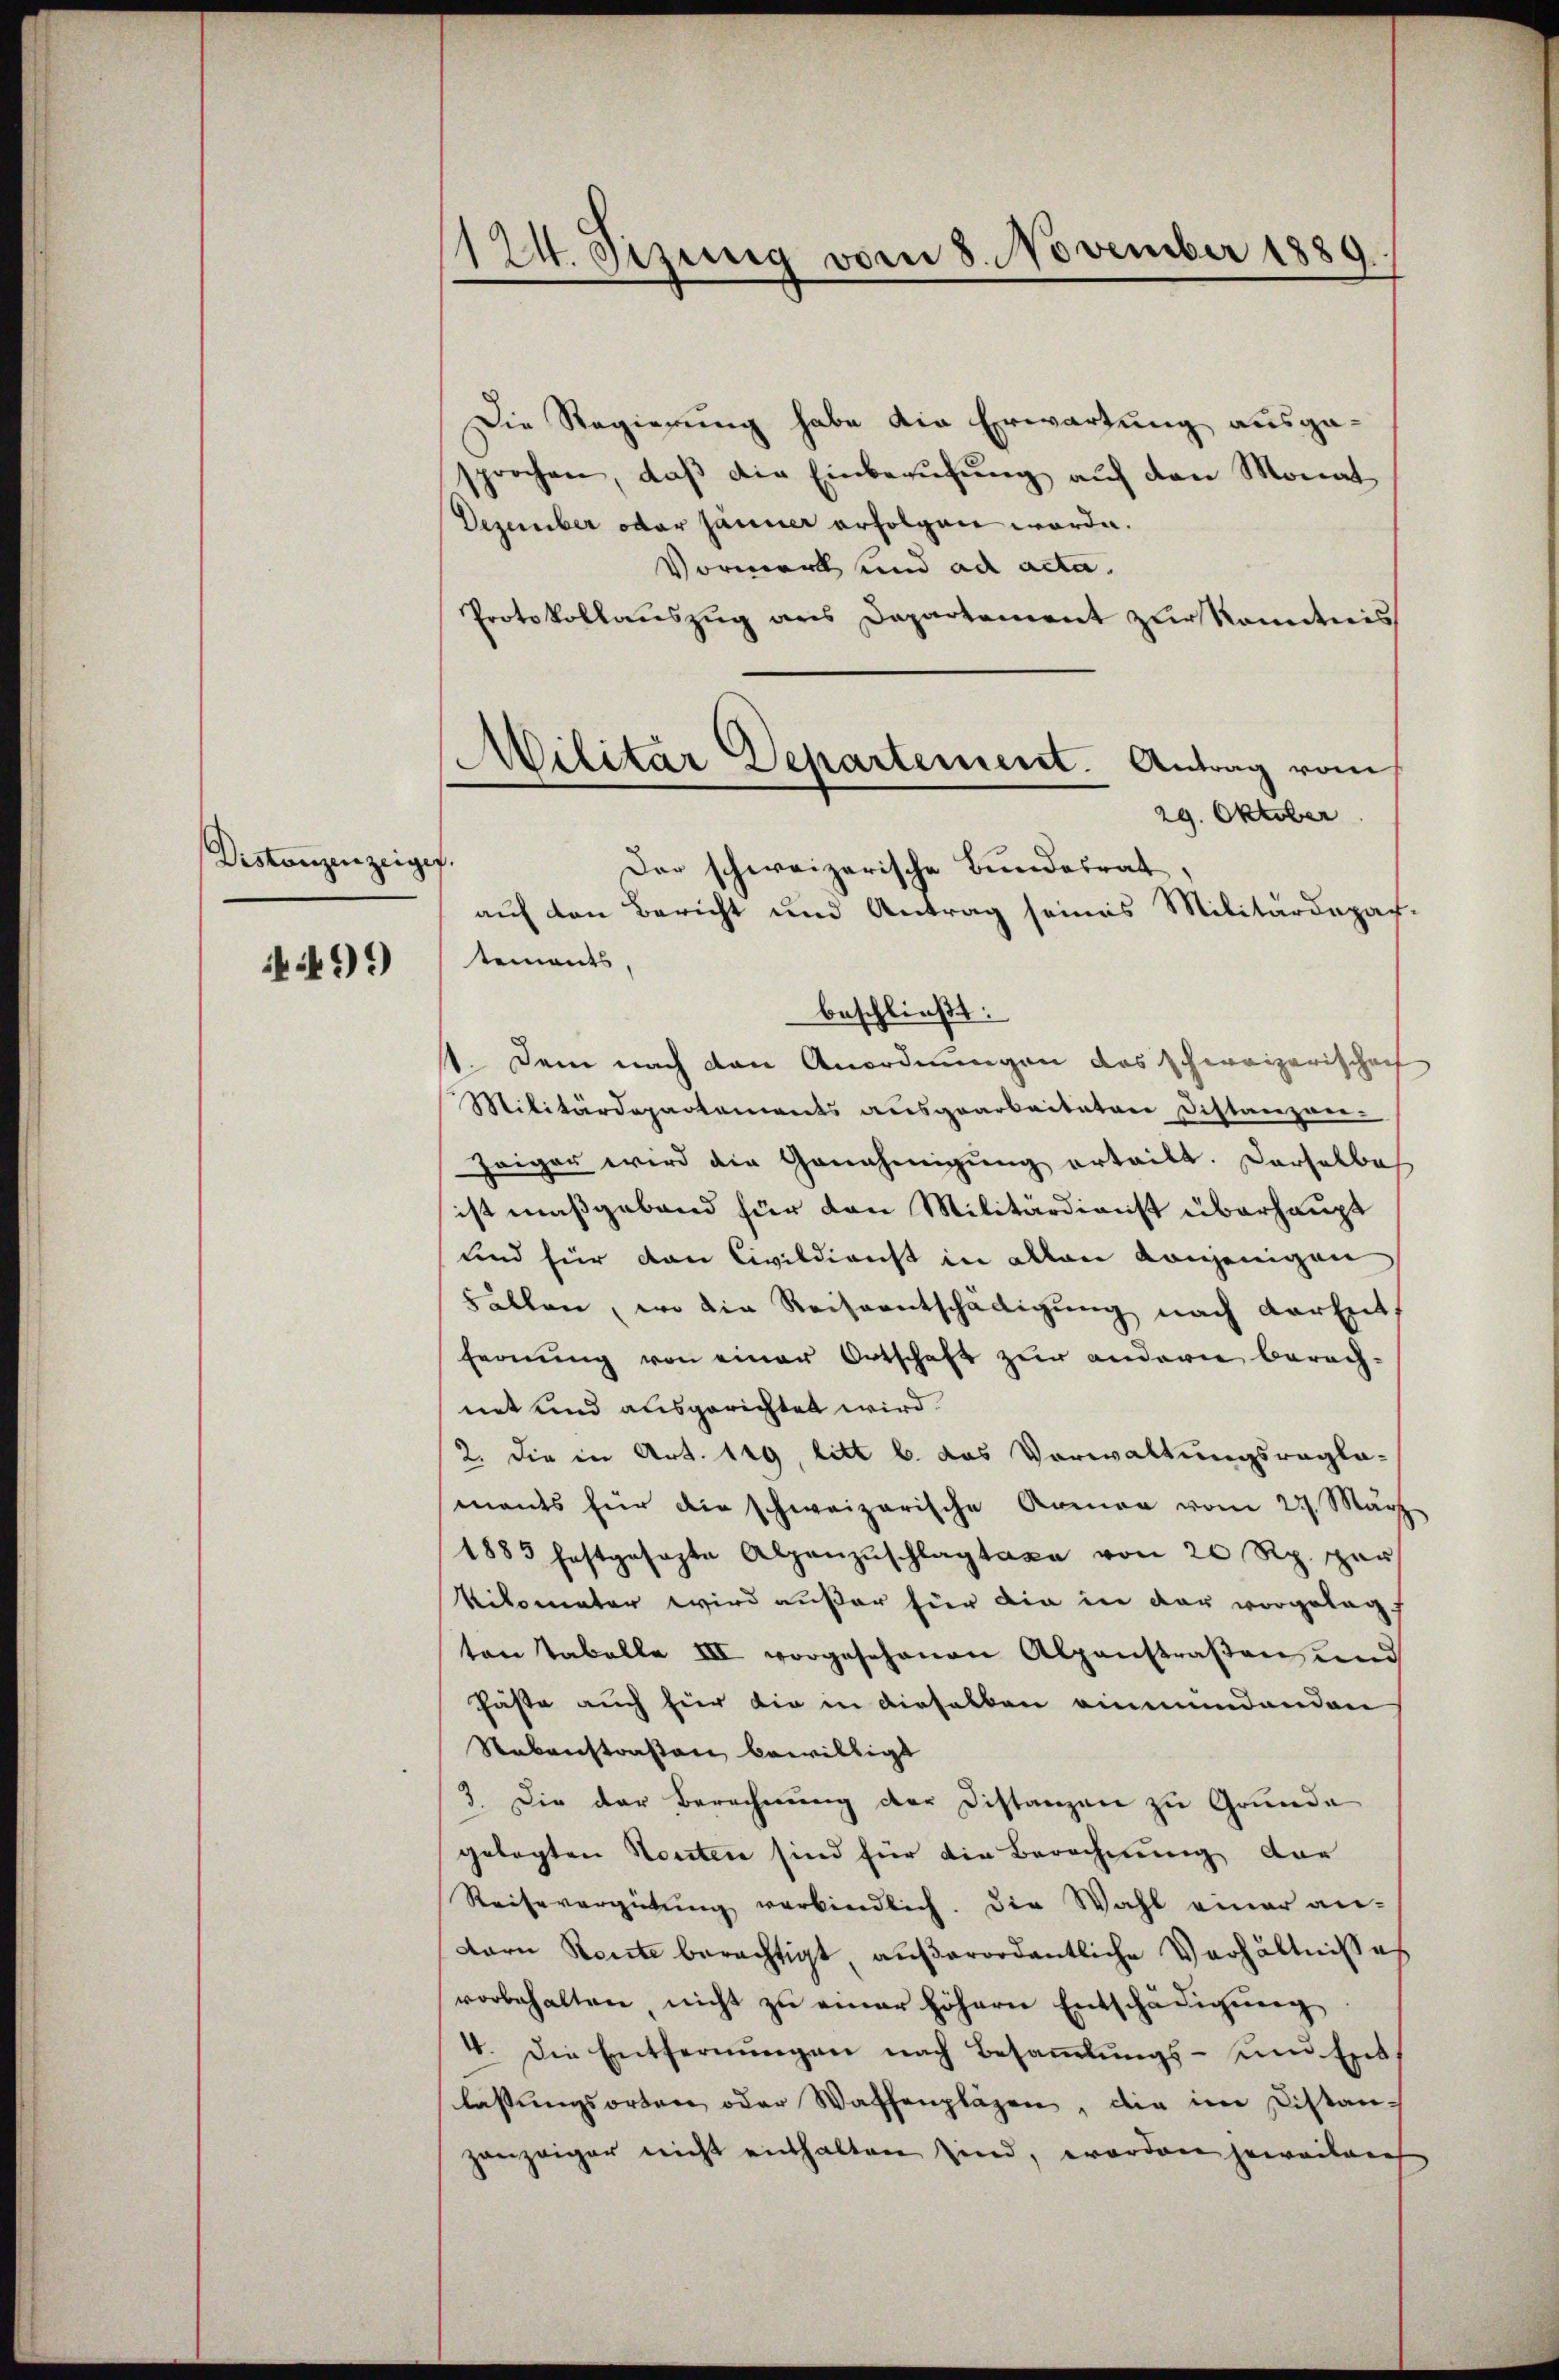
Distanzenzeiger.

499)

124. Sizung vom 8. November 1880
|

Militar Departement. Antrag vom
e

Die Regierung habe die Erwartung ausgasprochen, daβ die Einberŭfŭng aŭf den Monat
Dezember oder Jänner erfolgen worden.
Vormerk und ad acta.
Protokollauszug aus Departement zur Kenntnis
29. Oktober
Der schweizerische Bundesrat
auf den Bericht und Antrag seines Militärdepar-
tements.
beschließt:
1. Dem nach den Anordnungen das schweizerischen
Militärdepartements aŭsgearbeiteten Distanzver-
Zeiger wird die Genehmigŭng erteilt. Derselbe
ist maßgebend für den Militärdienst überhaupt
und für den Civildienst in allen Konjenigen
Fällen, wo die Reiseentschädigung nach darent,
fernung von einer Ortschaft zur andern berech-
net und ausgerichtet wird.
2. die in Art. 119, litt b. das Vorwaltungsragla-
mants für die schweizerische Armen vom 27. März
1883 hastgesagte Alpanzŭschlagtaxe von 20 Rp. per
Kilomater wird außer für die in der vorgelegt
ton Tabelle III vorgesehenen Alpenstraβen und
Fäste auch hier die in dieselben einmündenden
Nebenstraßen bewilligt
3. Die der Berechnung der Distanzen zu Grunde
gelegten Konten sind für die Berechnung der
Reisevergütung verbindlich. Die Wahl einer an-
dorn Rente berechtigt, außerordentliche Verhältnisses
vorbehalten nicht zu einer höhern Entschädigung
4. Die Entfernŭngen nach Besaṁlŭngs- und Ent
lassŭngsorten oder Waffenplägen, die im Distanganzeiger nicht enthalten sind, worden jeweiterer